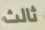
ثالث